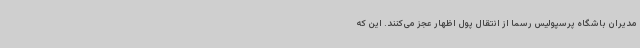
مدیران باشگاه پرسپولیس رسما از انتقال پول اظهار عجز می‌کنند. این که